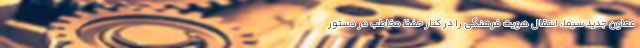
معاون جدید سیما، انتقال هویت فرهنگی را در کنار حفظ مخاطب در دستور